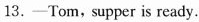
13.-Tom,supper is ready.